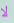
لا